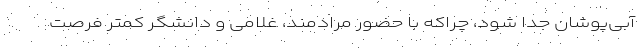
آبی‌پوشان جدا شود، چراکه با حضور مرادمند، غلامی و دانشگر کمتر فرصت